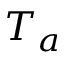
T _ { a }